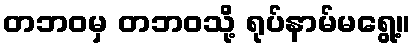
တဘဝမှ တဘဝသို့ ရုပ်နာမ်မရွေ့။